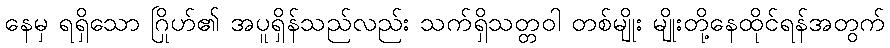
နေမှ ရရှိသော ဂြိုဟ်၏ အပူရှိန်သည်လည်း သက်ရှိသတ္တဝါ တစ်မျိုး မျိုးတို့နေထိုင်ရန်အတွက်